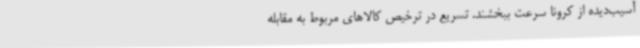
آسیب‌دیده از کرونا سرعت ببخشند. تسریع در ترخیص کالاهای مربوط به مقابله